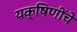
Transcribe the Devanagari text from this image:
यक्षिणींचे